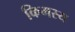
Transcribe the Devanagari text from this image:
किमस्य